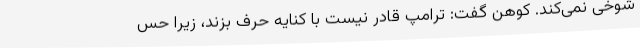
شوخی نمی‌کند. کوهن گفت: ترامپ قادر نیست با کنایه حرف بزند، زیرا حس